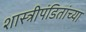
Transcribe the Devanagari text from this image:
शास्त्रीपंडितांच्या